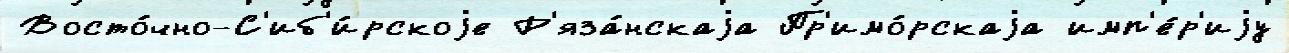
Восто́чно-С'иб'и́рскоjе Р'яза́нскаjа Пр'имо́рскаjа имп'е́р'иjу